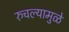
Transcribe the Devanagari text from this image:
रुचल्यामुळे